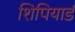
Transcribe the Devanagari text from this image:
शिपियार्ड